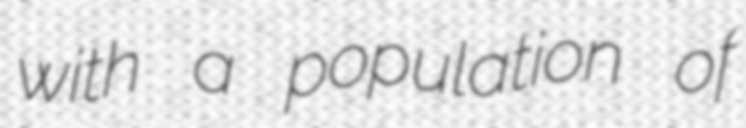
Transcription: with a population of